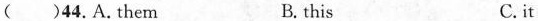
( )44.A.them B.this C.it